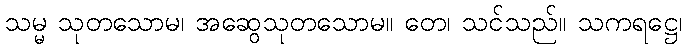
သမ္မ သုတသောမ၊ အဆွေသုတသောမ။ တေ၊ သင်သည်။ သကရဋ္ဌေ၊